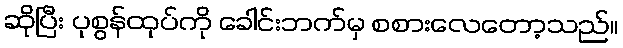
ဆိုပြီး ပုစွန်ထုပ်ကို ခေါင်းဘက်မှ စစားလေတော့သည်။